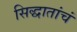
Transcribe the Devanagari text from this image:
सिद्धातांचं